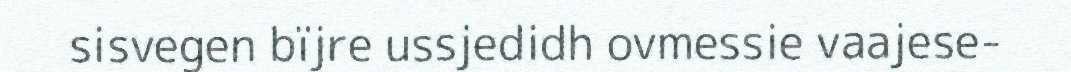
sisvegen bïjre ussjedidh ovmessie vaajese-